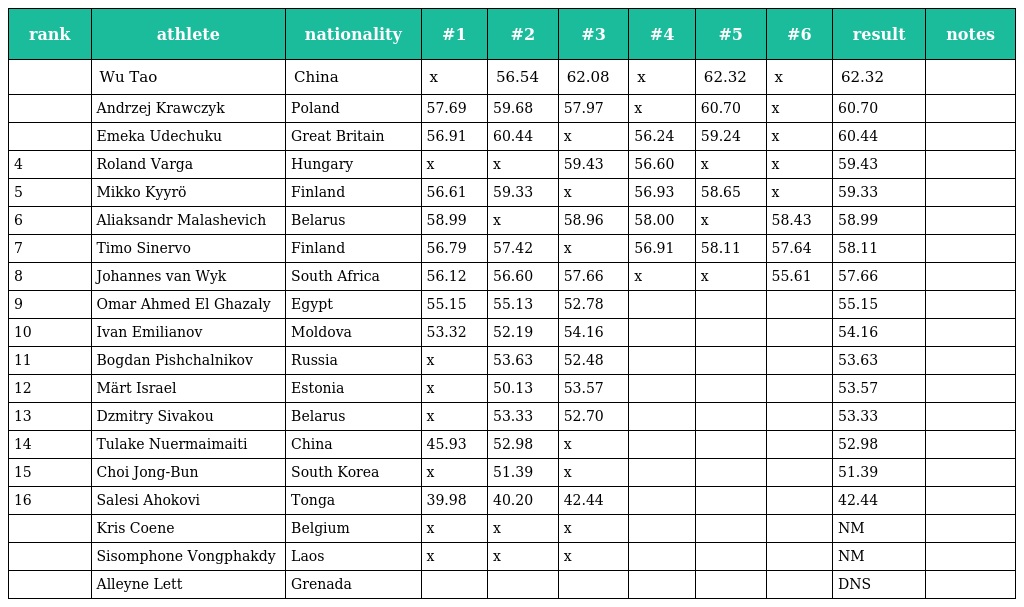
| rank | athlete | nationality | #1 | #2 | #3 | #4 | #5 | #6 | result | notes |
 | --- | --- | --- | --- | --- | --- | --- | --- | --- | --- | --- |
 |  | Wu Tao | China | x | 56.54 | 62.08 | x | 62.32 | x | 62.32 |  |
 |  | Andrzej Krawczyk | Poland | 57.69 | 59.68 | 57.97 | x | 60.70 | x | 60.70 |  |
 |  | Emeka Udechuku | Great Britain | 56.91 | 60.44 | x | 56.24 | 59.24 | x | 60.44 |  |
 | 4 | Roland Varga | Hungary | x | x | 59.43 | 56.60 | x | x | 59.43 |  |
 | 5 | Mikko Kyyrö | Finland | 56.61 | 59.33 | x | 56.93 | 58.65 | x | 59.33 |  |
 | 6 | Aliaksandr Malashevich | Belarus | 58.99 | x | 58.96 | 58.00 | x | 58.43 | 58.99 |  |
 | 7 | Timo Sinervo | Finland | 56.79 | 57.42 | x | 56.91 | 58.11 | 57.64 | 58.11 |  |
 | 8 | Johannes van Wyk | South Africa | 56.12 | 56.60 | 57.66 | x | x | 55.61 | 57.66 |  |
 | 9 | Omar Ahmed El Ghazaly | Egypt | 55.15 | 55.13 | 52.78 |  |  |  | 55.15 |  |
 | 10 | Ivan Emilianov | Moldova | 53.32 | 52.19 | 54.16 |  |  |  | 54.16 |  |
 | 11 | Bogdan Pishchalnikov | Russia | x | 53.63 | 52.48 |  |  |  | 53.63 |  |
 | 12 | Märt Israel | Estonia | x | 50.13 | 53.57 |  |  |  | 53.57 |  |
 | 13 | Dzmitry Sivakou | Belarus | x | 53.33 | 52.70 |  |  |  | 53.33 |  |
 | 14 | Tulake Nuermaimaiti | China | 45.93 | 52.98 | x |  |  |  | 52.98 |  |
 | 15 | Choi Jong-Bun | South Korea | x | 51.39 | x |  |  |  | 51.39 |  |
 | 16 | Salesi Ahokovi | Tonga | 39.98 | 40.20 | 42.44 |  |  |  | 42.44 |  |
 |  | Kris Coene | Belgium | x | x | x |  |  |  | NM |  |
 |  | Sisomphone Vongphakdy | Laos | x | x | x |  |  |  | NM |  |
 |  | Alleyne Lett | Grenada |  |  |  |  |  |  | DNS |  |